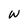
Character: W